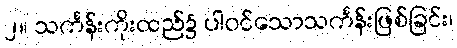
၂။ သင်္ကန်းကိုးထည်၌ ပါဝင်သောသင်္ကန်းဖြစ်ခြင်း၊